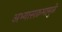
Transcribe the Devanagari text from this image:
अभ्यासक्रमामुळे